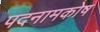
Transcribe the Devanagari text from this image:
पदनामकोष